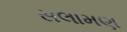
સલામણ